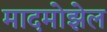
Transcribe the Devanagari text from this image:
मादमोझेल